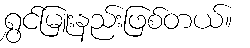
ရွှင်မြူးနည်းဖြစ်တယ်။